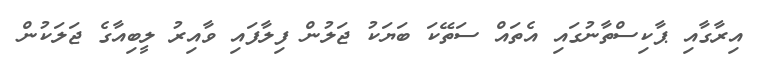
އިރާގާއި ޕާކިސްތާނުގައި އެތައް ސަތޭކަ ބަޔަކު ޖަލުން ފިލާފައި ވާއިރު ލީބިއާގެ ޖަލަކުން